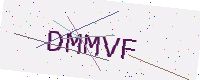
Text: DMMVF